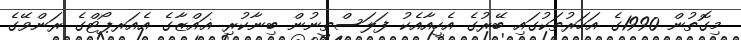
މިގޮތުން 1990ގެ އަހަރުތަކުގައި ބޭރުގެ އެހީއާއެކު ފަލަސްތީނުން ބިނާކުރި ޣައްޒާގެ އެއަރޕޯޓްގެ ރަންވޭގެ